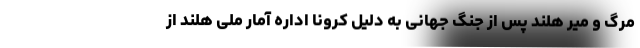
مرگ و میر هلند پس از جنگ جهانی به دلیل کرونا اداره آمار ملی هلند از